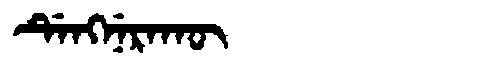
Manchu: ᡩᡝᠩᠨᡝᡵᠠᡴᡡ
Romanization: DENGNERAKŪ